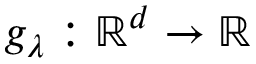
g _ { \lambda } : \mathbb { R } ^ { d } \rightarrow \mathbb { R }